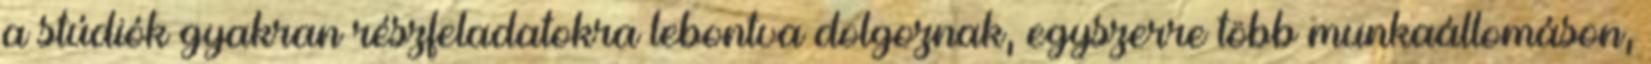
a stúdiók gyakran részfeladatokra lebontva dolgoznak, egyszerre több munkaállomáson,